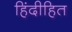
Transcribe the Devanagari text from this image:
हिंदीहित